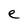
Character: e